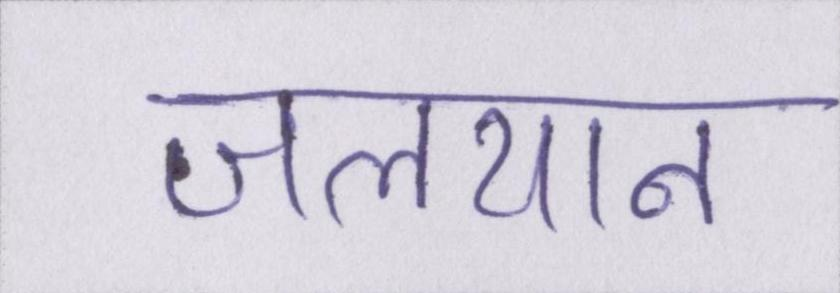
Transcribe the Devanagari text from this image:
जलयान